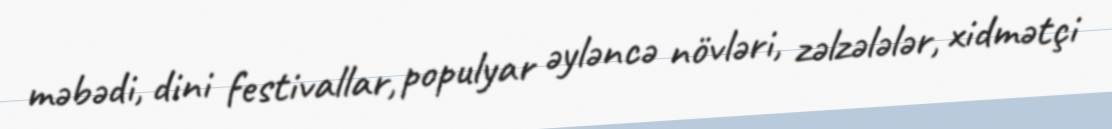
məbədi, dini festivallar, populyar əyləncə növləri, zəlzələlər, xidmətçi